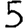
Digit: 5